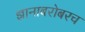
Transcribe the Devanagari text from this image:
ज्ञानाबरोबरच